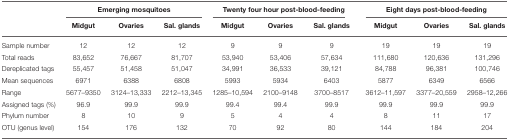
<table><thead><tr><td></td><td colspan="3"><b>Emerging mosquitoes</b></td><td colspan="3"><b>Twenty four hour post-blood-feeding</b></td><td colspan="3"><b>Eight days post-blood-feeding</b></td></tr><tr><td></td><td><b>Midgut</b></td><td><b>Ovaries</b></td><td><b>Sal. glands</b></td><td><b>Midgut</b></td><td><b>Ovaries</b></td><td><b>Sal. glands</b></td><td><b>Midgut</b></td><td><b>Ovaries</b></td><td><b>Sal. glands</b></td></tr></thead><tbody><tr><td>Sample number</td><td>12</td><td>12</td><td>12</td><td>9</td><td>9</td><td>9</td><td>19</td><td>19</td><td>19</td></tr><tr><td>Total reads</td><td>83,652</td><td>76,667</td><td>81,707</td><td>53,940</td><td>53,406</td><td>57,634</td><td>111,680</td><td>120,636</td><td>131,296</td></tr><tr><td>Dereplicated tags</td><td>55,457</td><td>51,458</td><td>51,047</td><td>34,991</td><td>36,533</td><td>39,121</td><td>84,788</td><td>96,381</td><td>100,746</td></tr><tr><td>Mean sequences</td><td>6971</td><td>6388</td><td>6808</td><td>5993</td><td>5934</td><td>6403</td><td>5877</td><td>6349</td><td>6566</td></tr><tr><td>Range</td><td>5677–9350</td><td>3124–13,333</td><td>2212–13,345</td><td>1285–10,594</td><td>2100–9148</td><td>3700–8517</td><td>3612–11,597</td><td>3377–20,559</td><td>2958–12,266</td></tr><tr><td>Assigned tags (%)</td><td>96.9</td><td>99.9</td><td>99.9</td><td>99.4</td><td>99.4</td><td>99.9</td><td>99.9</td><td>99.9</td><td>99.9</td></tr><tr><td>Phylum number</td><td>8</td><td>10</td><td>9</td><td>5</td><td>4</td><td>4</td><td>8</td><td>11</td><td>17</td></tr><tr><td>OTU (genus level)</td><td>154</td><td>176</td><td>132</td><td>70</td><td>92</td><td>80</td><td>144</td><td>184</td><td>204</td></tr></tbody></table>